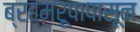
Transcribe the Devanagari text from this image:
ब्रह्मरूपापासून